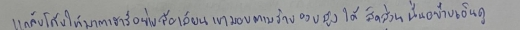
แกล้งโค้งให้มาตาฮารีอย่างล้อเลียนเขามองตามร่างอวบสูงได้สัดส่วนนั้นอย่างเอ็นดู